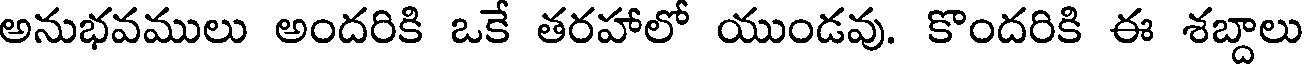
అనుభవములు అందరికి ఒకే తరహాలో యుండవు. కొందరికి ఈ శబ్దాలు